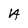
Character: A